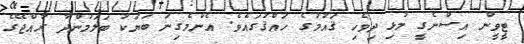
ޓީވީން އިސްނެގީ މުޅި ދިވެހި ޤައުމުގެ ހައްޤުގައެވެ. އެންމެގިނަ ބަޔަކު ބަލަމުންދާ ރާއްޖޭގެ